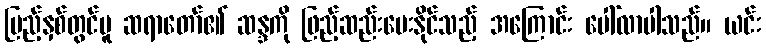
ပြည့်နှစ်တွင်မူ ဆရာတော်၏ ဆန္ဒကို ဖြည့်ဆည်းပေးနိုင်သည့် အကြောင်း ပေါ်လာပါသည်။ ယင်း